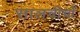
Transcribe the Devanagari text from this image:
सालचीचों